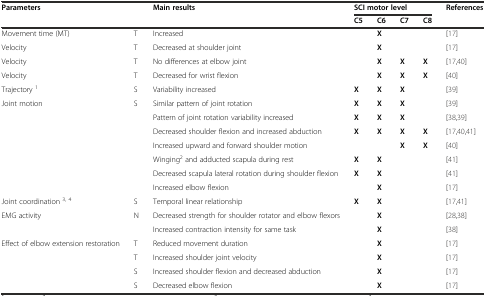
<table><thead><tr><td rowspan="2" colspan="2"><b>Parameters</b></td><td rowspan="2"><b>Main results</b></td><td colspan="4"><b>SCI motor level</b></td><td><b>References</b></td></tr><tr><td><b>C5</b></td><td><b>C6</b></td><td><b>C7</b></td><td><b>C8</b></td><td></td></tr></thead><tbody><tr><td>Movement time (MT)</td><td>T</td><td>Increased</td><td></td><td><b>X</b></td><td></td><td></td><td>[17]</td></tr><tr><td>Velocity</td><td>T</td><td>Decreased at shoulder joint</td><td></td><td><b>X</b></td><td></td><td></td><td>[17]</td></tr><tr><td>Velocity</td><td>T</td><td>No differences at elbow joint</td><td></td><td><b>X</b></td><td><b>X</b></td><td><b>X</b></td><td>[17, 40]</td></tr><tr><td>Velocity</td><td>T</td><td>Decreased for wrist flexion</td><td></td><td><b>X</b></td><td><b>X</b></td><td><b>X</b></td><td>[40]</td></tr><tr><td>Trajectory <sup>1</sup></td><td>S</td><td>Variability increased</td><td><b>X</b></td><td><b>X</b></td><td><b>X</b></td><td></td><td>[39]</td></tr><tr><td rowspan="7">Joint motion</td><td>S</td><td>Similar pattern of joint rotation</td><td><b>X</b></td><td><b>X</b></td><td><b>X</b></td><td></td><td>[39]</td></tr><tr><td></td><td>Pattern of joint rotation variability increased</td><td><b>X</b></td><td><b>X</b></td><td><b>X</b></td><td></td><td>[38, 39]</td></tr><tr><td></td><td>Decreased shoulder flexion and increased abduction</td><td><b>X</b></td><td><b>X</b></td><td><b>X</b></td><td><b>X</b></td><td>[17, 40, 41]</td></tr><tr><td></td><td>Increased upward and forward shoulder motion</td><td></td><td></td><td><b>X</b></td><td><b>X</b></td><td>[40]</td></tr><tr><td></td><td>Winging<sup>2</sup> and adducted scapula during rest</td><td><b>X</b></td><td><b>X</b></td><td></td><td></td><td>[41]</td></tr><tr><td></td><td>Decreased scapula lateral rotation during shoulder flexion</td><td><b>X</b></td><td><b>X</b></td><td></td><td></td><td>[41]</td></tr><tr><td></td><td>Increased elbow flexion</td><td></td><td><b>X</b></td><td></td><td></td><td>[17]</td></tr><tr><td>Joint coordination <sup>3, 4</sup></td><td>S</td><td>Temporal linear relationship</td><td><b>X</b></td><td><b>X</b></td><td></td><td></td><td>[17, 41]</td></tr><tr><td rowspan="2">EMG activity</td><td>N</td><td>Decreased strength for shoulder rotator and elbow flexors</td><td></td><td><b>X</b></td><td></td><td></td><td>[28, 38]</td></tr><tr><td></td><td>Increased contraction intensity for same task</td><td></td><td><b>X</b></td><td></td><td></td><td>[38]</td></tr><tr><td rowspan="4">Effect of elbow extension restoration</td><td>T</td><td>Reduced movement duration</td><td></td><td><b>X</b></td><td></td><td></td><td>[17]</td></tr><tr><td>T</td><td>Increased shoulder joint velocity</td><td></td><td><b>X</b></td><td></td><td></td><td>[17]</td></tr><tr><td>S</td><td>Increased shoulder flexion and decreased abduction</td><td></td><td><b>X</b></td><td></td><td></td><td>[17]</td></tr><tr><td>S</td><td>Decreased elbow flexion</td><td></td><td><b>X</b></td><td></td><td></td><td>[17]</td></tr></tbody></table>